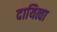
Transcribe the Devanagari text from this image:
दायित्वा